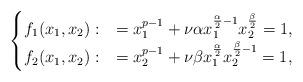
LaTeX: \begin{align*}\begin{cases}f_1(x_1,x_2):&=x_1^{p-1}+\nu\alpha x_1^{\frac{\alpha}{2}-1}x_2^{\frac{\beta}{2}}=1, \\f_2(x_1,x_2):&=x_2^{p-1}+\nu\beta x_1^{\frac{\alpha}{2}}x_2^{\frac{\beta}{2}-1}=1,\end{cases}\end{align*}